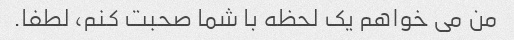
من می خواهم یک لحظه با شما صحبت کنم، لطفا.